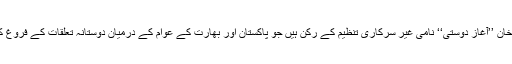
بتایا جاتا ہے کہ رضا خان ’’آغازِ دوستی‘‘ نامی غیر سرکاری تنظیم کے رکن ہیں جو پاکستان اور بھارت کے عوام کے درمیان دوستانہ تعلقات کے فروغ کے لیے کام کرتی ہے۔